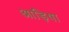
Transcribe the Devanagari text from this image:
आड़िषा